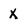
Character: X